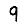
Digit: 9